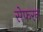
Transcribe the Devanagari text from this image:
सेफरन